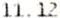
11.12